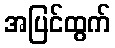
အပြင်ထွက်